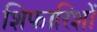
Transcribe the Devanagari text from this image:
शिफारिशों